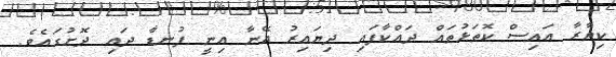
ކިޔާރާ އައިސް ކޮތަޅުތައް ދައްކާފައި ދިޔައިރު އޭނާ އިނީ ފުނޑާ ދައި ދޮށުގައެވެ.